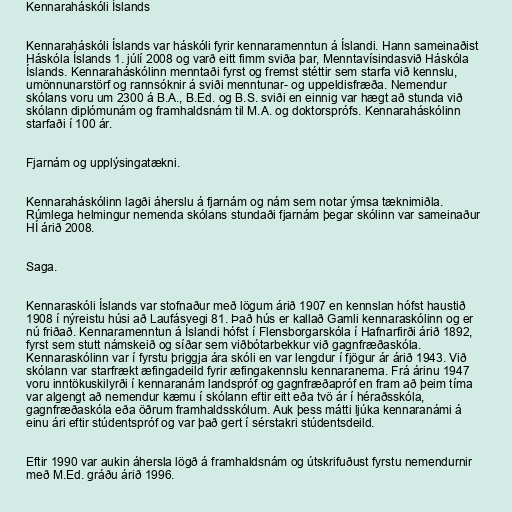
Kennaraháskóli Íslands

Kennaraháskóli Íslands var háskóli fyrir kennaramenntun á Íslandi. Hann sameinaðist
Háskóla Íslands 1. júlí 2008 og varð eitt fimm sviða þar, Menntavísindasvið Háskóla
Íslands. Kennaraháskólinn menntaði fyrst og fremst stéttir sem starfa við kennslu,
umönnunarstörf og rannsóknir á sviði menntunar- og uppeldisfræða. Nemendur
skólans voru um 2300 á B.A., B.Ed. og B.S. sviði en einnig var hægt að stunda við
skólann diplómunám og framhaldsnám til M.A. og doktorsprófs. Kennaraháskólinn
starfaði í 100 ár.

Fjarnám og upplýsingatækni.

Kennaraháskólinn lagði áherslu á fjarnám og nám sem notar ýmsa tæknimiðla.
Rúmlega helmingur nemenda skólans stundaði fjarnám þegar skólinn var sameinaður
HÍ árið 2008.

Saga.

Kennaraskóli Íslands var stofnaður með lögum árið 1907 en kennslan hófst haustið
1908 í nýreistu húsi að Laufásvegi 81. Það hús er kallað Gamli kennaraskólinn og er
nú friðað. Kennaramenntun á Íslandi hófst í Flensborgarskóla í Hafnarfirði árið 1892,
fyrst sem stutt námskeið og síðar sem viðbótarbekkur við gagnfræðaskóla.
Kennaraskólinn var í fyrstu þriggja ára skóli en var lengdur í fjögur ár árið 1943. Við
skólann var starfrækt æfingadeild fyrir æfingakennslu kennaranema. Frá árinu 1947
voru inntökuskilyrði í kennaranám landspróf og gagnfræðapróf en fram að þeim tíma
var algengt að nemendur kæmu í skólann eftir eitt eða tvö ár í héraðsskóla,
gagnfræðaskóla eða öðrum framhaldsskólum. Auk þess mátti ljúka kennaranámi á
einu ári eftir stúdentspróf og var það gert í sérstakri stúdentsdeild.

Eftir 1990 var aukin áhersla lögð á framhaldsnám og útskrifuðust fyrstu nemendurnir
með M.Ed. gráðu árið 1996.